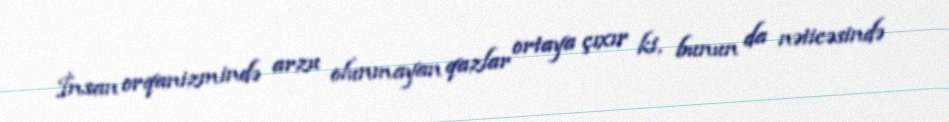
İnsan orqanizmində arzu olunmayan qazlar ortaya çıxır ki, bunun da nəticəsində